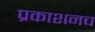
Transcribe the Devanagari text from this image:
प्रकाशनच